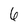
Character: 6